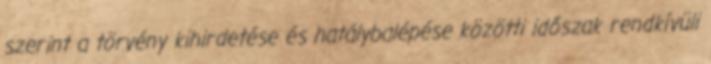
szerint a törvény kihirdetése és hatálybalépése közötti időszak rendkívüli